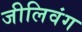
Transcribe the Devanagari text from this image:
जीलिवंग